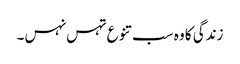
زندگی کا وہ سب تنوع تہس نہس۔